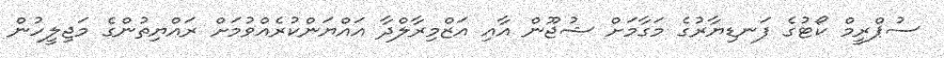
ސުޕްރީމް ކޯޓުގެ ފަނޑިޔާރުގެ މަގާމަށް ޝުޖޫން އާއި އަޒްމިރާލްދާ އައްޔަންކުރެއްވުމަށް ރައްޔިތުންގެ މަޖިލީހުން